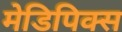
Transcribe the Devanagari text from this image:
मेडिपिक्स